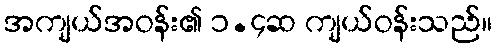
အကျယ်အဝန်း၏ ၁.၄ဆ ကျယ်ဝန်းသည်။